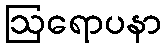
ဩရောပနာ